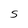
Character: S